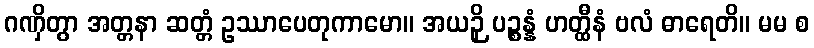
ဂဏှိတွာ အတ္တနာ ဆတ္တံ ဥဿာပေတုကာမော။ အယဉှိ ပဉ္စန္နံ ဟတ္ထီနံ ဗလံ ဓာရေတိ။ မမ စ